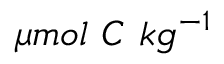
\mu m o l ~ C ~ k g ^ { - 1 }